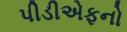
પીડીએફનો